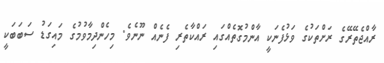
ރާއްޖެތޭރޭގެ ރަށްތަކުގެ ވަޅުފެނަކީ އާންމުގޮތެއްގައި ރައްކާތެރި ފެނެއް ނޫނެވެ. މިހެންދިމާވުމުގެ މައިގަޑު ސަބަބަކީ